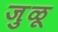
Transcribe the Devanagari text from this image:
जुळू